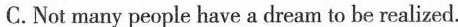
C.Not many people have a dream to be realized.